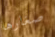
صغارها